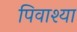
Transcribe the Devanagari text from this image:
पिवाश्या